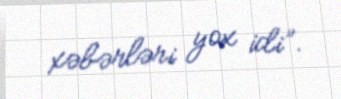
xəbərləri yox idi”.